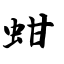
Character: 蚶